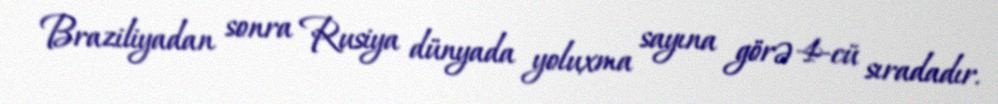
Braziliyadan sonra Rusiya dünyada yoluxma sayına görə 4-cü sıradadır.